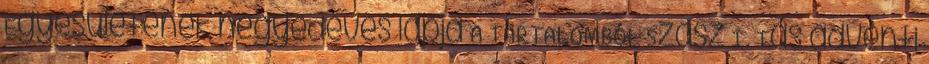
Egyesületének negyedéves lapja A TARTALOMBÓL Szász I. Tas adventi